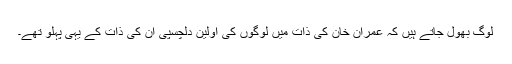
لوگ بھول جاتے ہیں کہ عمران خان کی ذات میں لوگوں کی اولین دلچسپی ان کی ذات کے یہی پہلو تھے۔